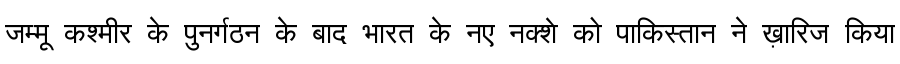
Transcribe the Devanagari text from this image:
जम्मू कश्मीर के पुनर्गठन के बाद भारत के नए नक्शे को पाकिस्तान ने ख़ारिज किया